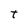
Character: t